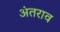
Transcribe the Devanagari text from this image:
अंतराव